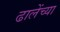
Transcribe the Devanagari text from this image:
ढालेंच्या